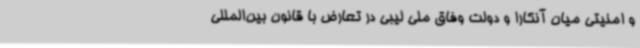
و امنیتی میان آنکارا و دولت وفاق ملی لیبی در تعارض با قانون بین‌المللی